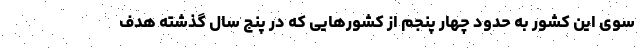
سوی این کشور به حدود چهار پنجم از کشورهایی که در پنج سال گذشته هدف